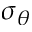
\sigma _ { \theta }